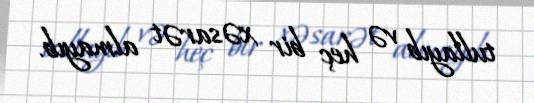
tullayıb və heç bir xəsarət almayıb.